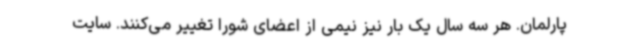
پارلمان. هر سه سال یک بار نیز نیمی از اعضای شورا تغییر می‌کنند. سایت